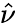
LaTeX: \hat{\nu}